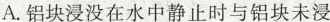
A.铝块浸没在水中静止时与铝块未浸